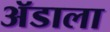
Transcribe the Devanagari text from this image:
ॲडाला